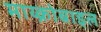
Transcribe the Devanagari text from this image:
माय्क्रोबाइल